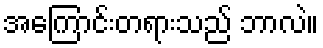
အကြောင်းတရားသည် ဘာလဲ။